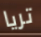
تريا